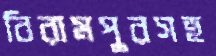
বিরামপুরসহ